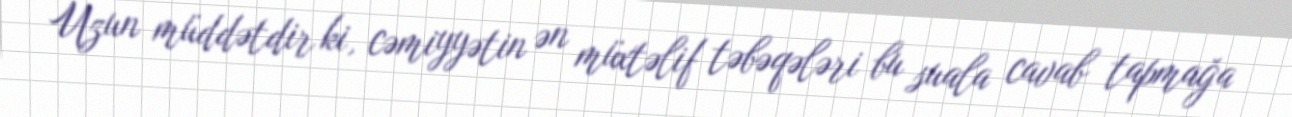
Uzun müddətdir ki, cəmiyyətin ən müxtəlif təbəqələri bu suala cavab tapmağa